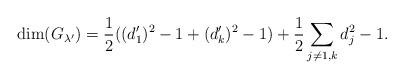
LaTeX: \begin{align*} \dim( G_{\lambda'}) = \frac{1}{2} ((d'_1)^2 -1 + (d'_k)^2 - 1) + \frac{1}{2} \sum_{j \neq 1,k} d_j^2 - 1.\end{align*}